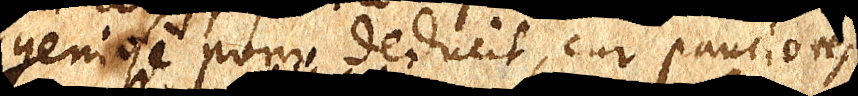
geniose porro deducit, cur pauciores